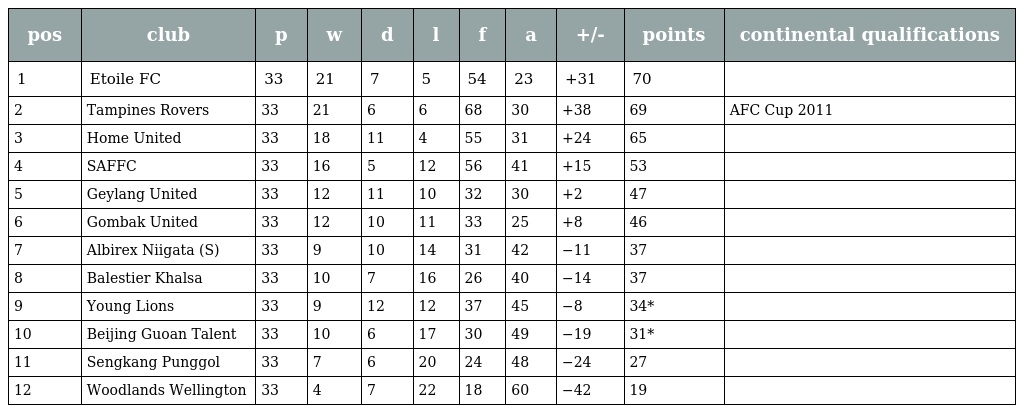
| pos | club | p | w | d | l | f | a | +/- | points | continental qualifications |
 | --- | --- | --- | --- | --- | --- | --- | --- | --- | --- | --- |
 | 1 | Etoile FC | 33 | 21 | 7 | 5 | 54 | 23 | +31 | 70 |  |
 | 2 | Tampines Rovers | 33 | 21 | 6 | 6 | 68 | 30 | +38 | 69 | AFC Cup 2011 |
 | 3 | Home United | 33 | 18 | 11 | 4 | 55 | 31 | +24 | 65 |  |
 | 4 | SAFFC | 33 | 16 | 5 | 12 | 56 | 41 | +15 | 53 |  |
 | 5 | Geylang United | 33 | 12 | 11 | 10 | 32 | 30 | +2 | 47 |  |
 | 6 | Gombak United | 33 | 12 | 10 | 11 | 33 | 25 | +8 | 46 |  |
 | 7 | Albirex Niigata (S) | 33 | 9 | 10 | 14 | 31 | 42 | −11 | 37 |  |
 | 8 | Balestier Khalsa | 33 | 10 | 7 | 16 | 26 | 40 | −14 | 37 |  |
 | 9 | Young Lions | 33 | 9 | 12 | 12 | 37 | 45 | −8 | 34* |  |
 | 10 | Beijing Guoan Talent | 33 | 10 | 6 | 17 | 30 | 49 | −19 | 31* |  |
 | 11 | Sengkang Punggol | 33 | 7 | 6 | 20 | 24 | 48 | −24 | 27 |  |
 | 12 | Woodlands Wellington | 33 | 4 | 7 | 22 | 18 | 60 | −42 | 19 |  |